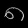
Digit: ၈